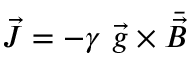
\vec { { \cal J } } = - \gamma \ \vec { g } \times \bar { \vec { B } }